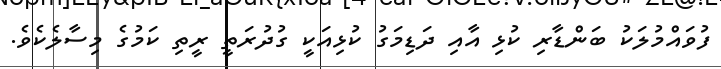
ފުވައްމުލަކު ބަންޑާރި ކުޅި އާއި ދަޑިމަގު ކުޅިއަކީ ގުދުރަތީ ރީތި ކަމުގެ މިސާލެކެވެ.